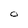
Character: O